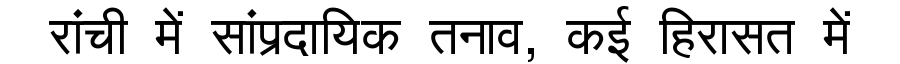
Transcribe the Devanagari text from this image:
रांची में सांप्रदायिक तनाव, कई हिरासत में